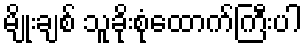
မျိုးချစ် သူခိုးစုံထောက်ကြီးပါ